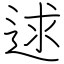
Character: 逑